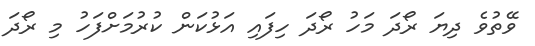
ވޭތުވެ ދިޔަ ރޯދަ މަހު ރޯދަ ހިފައި އަޅުކަން ކުރުމަށްފަހު މި ރޯދަ